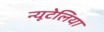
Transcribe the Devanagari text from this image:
न्यूटेलिया